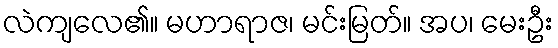
လဲကျလေ၏။ မဟာရာဇ၊ မင်းမြတ်။ အပ၊ မေးဦး